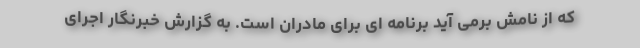
که از نامش برمی آید برنامه ای برای مادران است. به گزارش خبرنگار اجرای